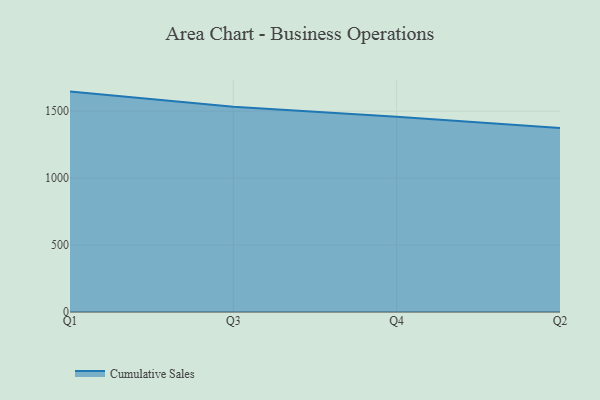
{"axis": {"x": "Quarter", "y": "Population (Million)"}, "legend": ["Cumulative Sales"], "data": [{"x": "Q1", "y": 1646.1, "type": "Cumulative Sales"}, {"x": "Q3", "y": 1533.6, "type": "Cumulative Sales"}, {"x": "Q4", "y": 1458.2, "type": "Cumulative Sales"}, {"x": "Q2", "y": 1375.1, "type": "Cumulative Sales"}]}